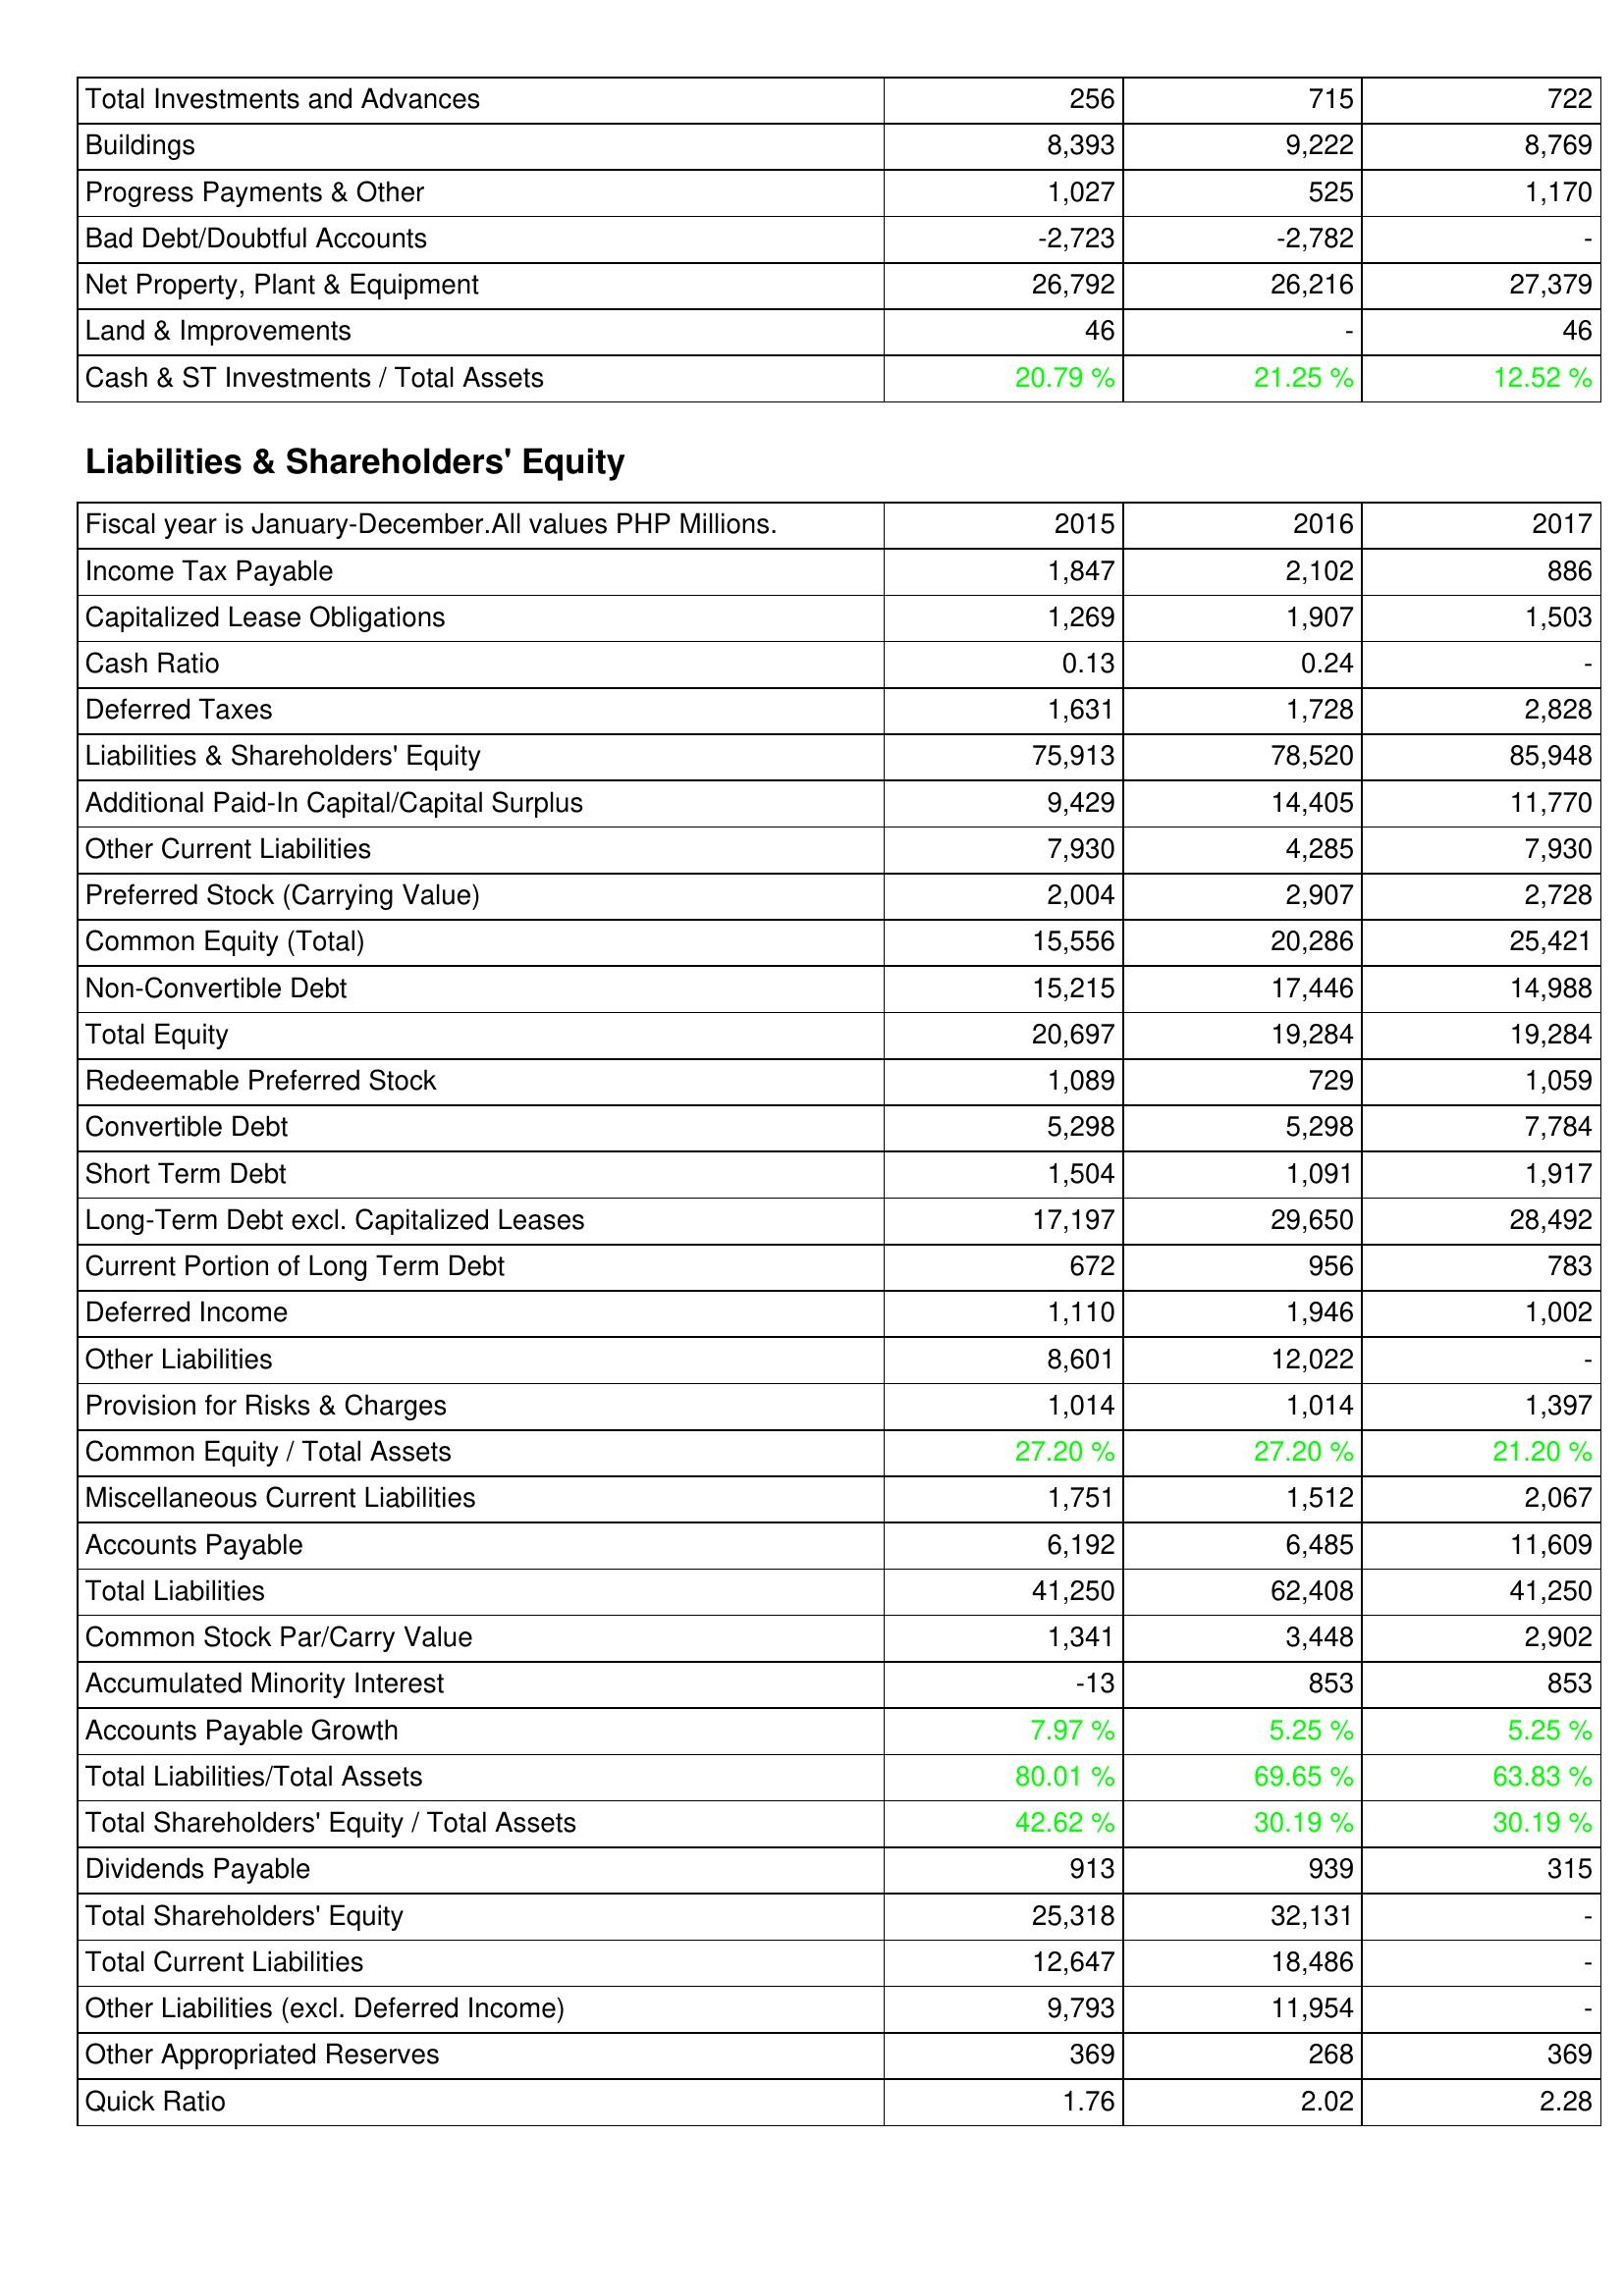
2015: Assets: Total Investments and Advances: 256
Buildings: 8,393
Progress Payments & Other: 1,027
Bad Debt/Doubtful Accounts: -2,723
Net Property, Plant & Equipment: 26,792
Land & Improvements: 46
Cash & ST Investments / Total Assets: 20.79 %
Liabilities & Shareholders' Equity: Income Tax Payable: 1,847
Capitalized Lease Obligations: 1,269
Cash Ratio: 0.13
Deferred Taxes: 1,631
Liabilities & Shareholders' Equity: 75,913
Additional Paid-In Capital/Capital Surplus: 9,429
Other Current Liabilities: 7,930
Preferred Stock (Carrying Value): 2,004
Common Equity (Total): 15,556
Non-Convertible Debt: 15,215
Total Equity: 20,697
Redeemable Preferred Stock: 1,089
Convertible Debt: 5,298
Short Term Debt: 1,504
Long-Term Debt excl. Capitalized Leases: 17,197
Current Portion of Long Term Debt: 672
Deferred Income: 1,110
Other Liabilities: 8,601
Provision for Risks & Charges: 1,014
Common Equity / Total Assets: 27.20 %
Miscellaneous Current Liabilities: 1,751
Accounts Payable: 6,192
Total Liabilities: 41,250
Common Stock Par/Carry Value: 1,341
Accumulated Minority Interest: -13
Accounts Payable Growth: 7.97 %
Total Liabilities/Total Assets: 80.01 %
Total Shareholders' Equity / Total Assets: 42.62 %
Dividends Payable: 913
Total Shareholders' Equity: 25,318
Total Current Liabilities: 12,647
Other Liabilities (excl. Deferred Income): 9,793
Other Appropriated Reserves: 369
Quick Ratio: 1.76
2016: Assets: Total Investments and Advances: 715
Buildings: 9,222
Progress Payments & Other: 525
Bad Debt/Doubtful Accounts: -2,782
Net Property, Plant & Equipment: 26,216
Land & Improvements: -
Cash & ST Investments / Total Assets: 21.25 %
Liabilities & Shareholders' Equity: Income Tax Payable: 2,102
Capitalized Lease Obligations: 1,907
Cash Ratio: 0.24
Deferred Taxes: 1,728
Liabilities & Shareholders' Equity: 78,520
Additional Paid-In Capital/Capital Surplus: 14,405
Other Current Liabilities: 4,285
Preferred Stock (Carrying Value): 2,907
Common Equity (Total): 20,286
Non-Convertible Debt: 17,446
Total Equity: 19,284
Redeemable Preferred Stock: 729
Convertible Debt: 5,298
Short Term Debt: 1,091
Long-Term Debt excl. Capitalized Leases: 29,650
Current Portion of Long Term Debt: 956
Deferred Income: 1,946
Other Liabilities: 12,022
Provision for Risks & Charges: 1,014
Common Equity / Total Assets: 27.20 %
Miscellaneous Current Liabilities: 1,512
Accounts Payable: 6,485
Total Liabilities: 62,408
Common Stock Par/Carry Value: 3,448
Accumulated Minority Interest: 853
Accounts Payable Growth: 5.25 %
Total Liabilities/Total Assets: 69.65 %
Total Shareholders' Equity / Total Assets: 30.19 %
Dividends Payable: 939
Total Shareholders' Equity: 32,131
Total Current Liabilities: 18,486
Other Liabilities (excl. Deferred Income): 11,954
Other Appropriated Reserves: 268
Quick Ratio: 2.02
2017: Assets: Total Investments and Advances: 722
Buildings: 8,769
Progress Payments & Other: 1,170
Bad Debt/Doubtful Accounts: -
Net Property, Plant & Equipment: 27,379
Land & Improvements: 46
Cash & ST Investments / Total Assets: 12.52 %
Liabilities & Shareholders' Equity: Income Tax Payable: 886
Capitalized Lease Obligations: 1,503
Cash Ratio: -
Deferred Taxes: 2,828
Liabilities & Shareholders' Equity: 85,948
Additional Paid-In Capital/Capital Surplus: 11,770
Other Current Liabilities: 7,930
Preferred Stock (Carrying Value): 2,728
Common Equity (Total): 25,421
Non-Convertible Debt: 14,988
Total Equity: 19,284
Redeemable Preferred Stock: 1,059
Convertible Debt: 7,784
Short Term Debt: 1,917
Long-Term Debt excl. Capitalized Leases: 28,492
Current Portion of Long Term Debt: 783
Deferred Income: 1,002
Other Liabilities: -
Provision for Risks & Charges: 1,397
Common Equity / Total Assets: 21.20 %
Miscellaneous Current Liabilities: 2,067
Accounts Payable: 11,609
Total Liabilities: 41,250
Common Stock Par/Carry Value: 2,902
Accumulated Minority Interest: 853
Accounts Payable Growth: 5.25 %
Total Liabilities/Total Assets: 63.83 %
Total Shareholders' Equity / Total Assets: 30.19 %
Dividends Payable: 315
Total Shareholders' Equity: -
Total Current Liabilities: -
Other Liabilities (excl. Deferred Income): -
Other Appropriated Reserves: 369
Quick Ratio: 2.28